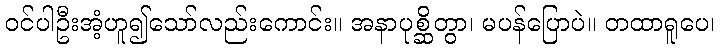
ဝင်ပါဦးအံ့ဟူ၍သော်လည်းကောင်း။ အနာပုစ္ဆိတွာ၊ မပန်ပြောပဲ။ တထာရူပေ၊